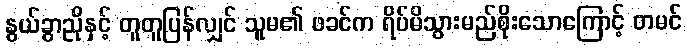
နွယ်ခွာညိုနှင့် တူတူပြန်လျှင် သူမ၏ ဖခင်က ရိပ်မိသွားမည်စိုးသောကြောင့် တမင်